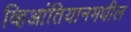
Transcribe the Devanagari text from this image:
व्हिआंतियानमधील